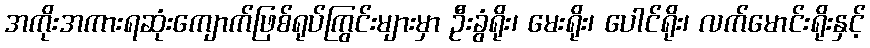
အကိုးအကားရဆုံးကျောက်ဖြစ်ရုပ်ကြွင်းများမှာ ဦးခွံရိုး၊ မေးရိုး၊ ပေါင်ရိုး၊ လက်မောင်းရိုးနှင့်